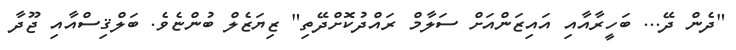
"ދެން ދޭ... ބަހީރާއާއި އައިޒަންއަށް ސަލާމް ރައްދުކޮށްދޭތި" ޒިޔަޒެލް ބުންޏެވެ. ބަލްޤިސްއާއި ޖޫދާ